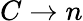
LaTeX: C\rightarrow n